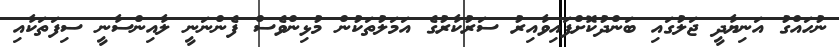
ނުހައްގު އަނިޔާދީ ޖަލުގައި ބަންދުކޮށްފައިވާއިރު ސަރުކާރުގެ އަމަލުތަކުން މުޅިންވެސް ފެންނަނީ ލާއިންސާނީ ސިފަތަކާއި